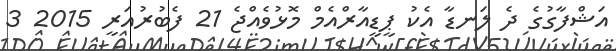
އަޝްފާގުގެ ދެ ލަނޑާ އެކު ޕީޑީއާރްއެމް މޮޅުވެއްޖެ 21 ފެބުރުއަރީ 2015 3